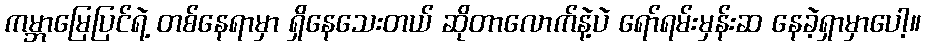
ကမ္ဘာမြေပြင်ရဲ့ တစ်နေရာမှာ ရှိနေသေးတယ် ဆိုတာလောက်နဲ့ပဲ ရော်ရမ်းမှန်းဆ နေခဲ့ရှာမှာပေါ့။